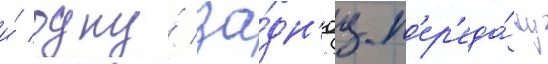
и́ одну́ за́дн'юу п'ер'еда́чу